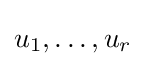
u_{1},\dots ,u_{r}